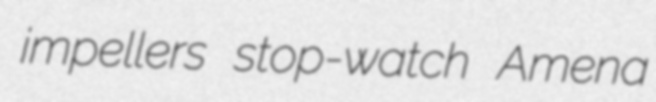
impellers stop-watch Amena